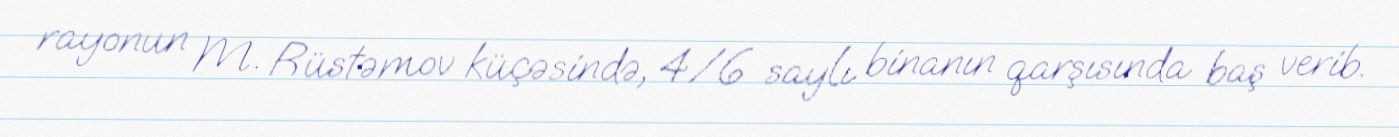
rayonun M. Rüstəmov küçəsində, 4/6 saylı binanın qarşısında baş verib.